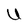
Character: U